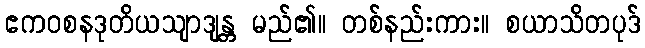
ဧကဝစနဒုတိယသျာဒျန္တ မည်၏။ တစ်နည်းကား။ စယာသိတပုဒ်